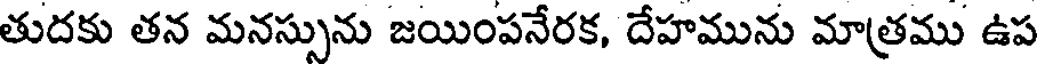
తుదకు తన మనస్సును జయింపనేరక, దేహమును మాత్రము ఉప